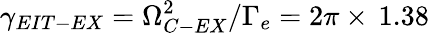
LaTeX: \gamma_{EIT-EX}=\Omega_{C-EX}^{2}/\Gamma_{e}=2\pi\times\, 1.38